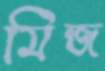
মিন্জ